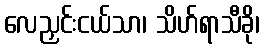
လေညှင်းငယ်သာ၊ သိဟ်ရာသီခို၊